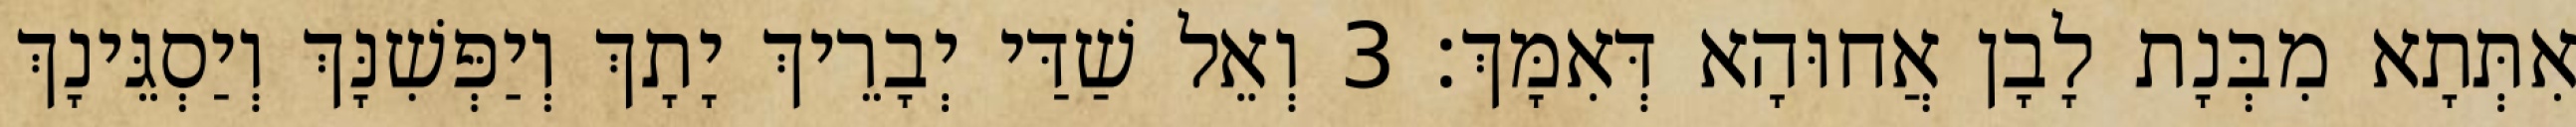
אִתְּתָא מִבְּנָת לָבָן אֲחוּהָא דְּאִמָּךְ׃ 3 וְאֵל שַׁדַּי יְבָרֵיךְ יָתָךְ וְיַפְּשִׁנָּךְ וְיַסְגֵּינָךְ